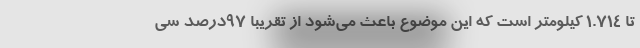
تا ۱.۷۱۴ کیلومتر است که این موضوع باعث می‌شود از تقریبا ۹۷درصد سی